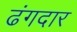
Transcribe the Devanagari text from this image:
ढंगदार